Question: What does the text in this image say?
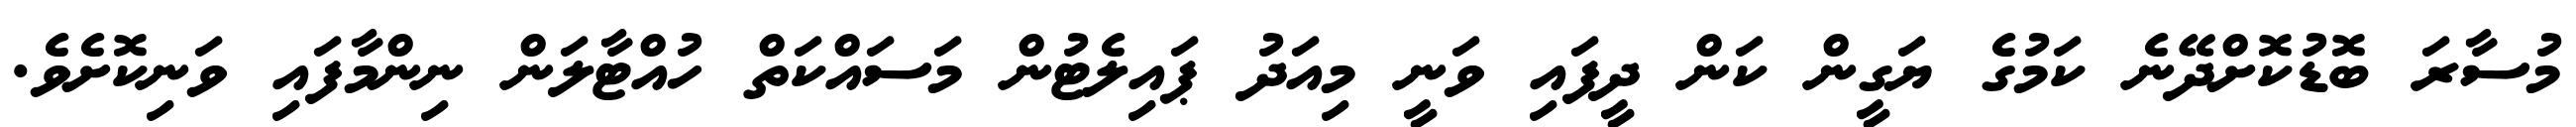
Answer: މުސާރަ ބޮޑުކޮށްދޭނެ ކަމުގެ ޔަގީން ކަން ދީފައި ވަނީ މިއަދު ޕައިލެޓުން މަސައްކަތް ހުއްޓާލަން ނިންމާފައި ވަނިކޮށެވެ.